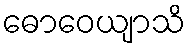
ဓောဝေယျာသိ